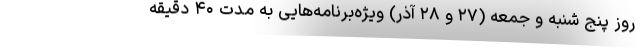
روز پنج شنبه و جمعه (۲۷ و ۲۸ آذر) ویژه‌برنامه‌هایی به مدت ۴۰ دقیقه